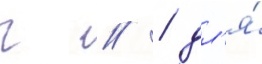
г // / дл'я́